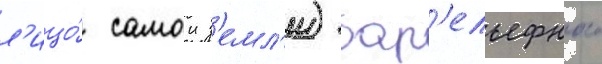
л'ицо́ самои з'емл'и) бар'ельефного